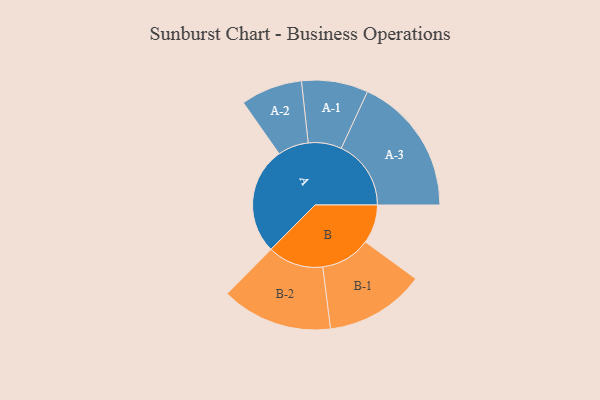
{"axis": {"x": "Segment", "y": "Value"}, "legend": ["", "A", "B"], "data": [{"x": "A", "y": 432, "type": ""}, {"x": "B", "y": 156, "type": ""}, {"x": "A-1", "y": 134, "type": "A"}, {"x": "A-2", "y": 124, "type": "A"}, {"x": "A-3", "y": 281, "type": "A"}, {"x": "B-1", "y": 201, "type": "B"}, {"x": "B-2", "y": 224, "type": "B"}]}